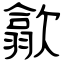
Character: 歙